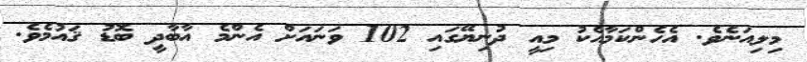
މިލިއަނެވެ. އެހެންކަމާއެކު މިއީ ދުނިޔޭގައި 102 ވަނައަށް އެންމެ އާބާދީ ބޮޑު ޤައުމެވެ.